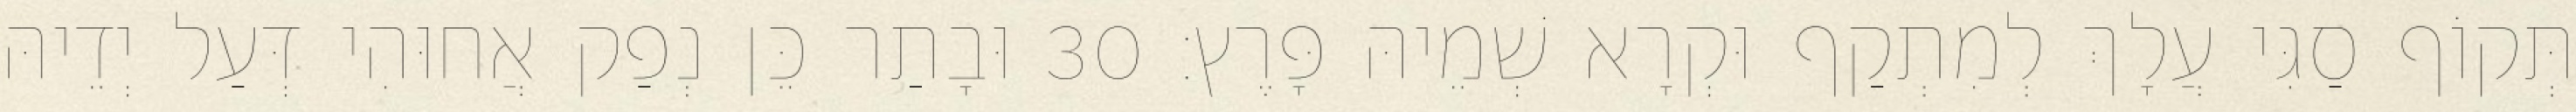
תְּקוֹף סַגִּי עֲלָךְ לְמִתְקַף וּקְרָא שְׁמֵיהּ פָּרֶץ׃ 30 וּבָתַר כֵּן נְפַק אֲחוּהִי דְּעַל יְדֵיהּ